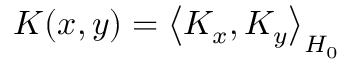
K ( x , y ) = \left\langle K _ { x } , K _ { y } \right\rangle _ { H _ { 0 } }